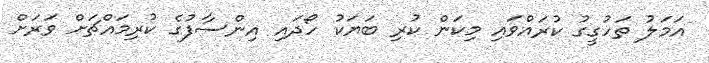
އަމަލު ތަހުގީގު ކުރައްވައި މިކަން ކުރި ބަޔަކު ހޯދައި އިންސާފުގެ ކުރިމައްޗަށް ވަރަށް